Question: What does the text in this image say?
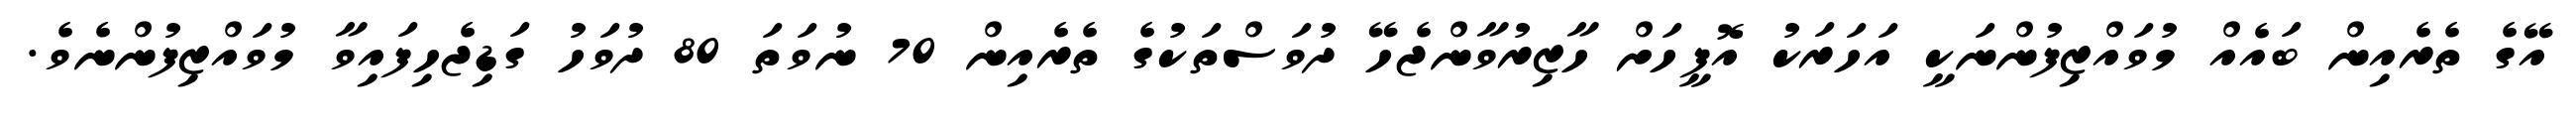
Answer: އޭގެ ތެރެއިން ބައެއް މުވައްޒިފުންނަކީ އަހަރަކު އޮފީހަށް ހާޒިރުވާންޖެހޭ ދުވަސްތަކުގެ ތެރެއިން 70 ނުވަތަ 80 ދުވަހު ގަޑިޖެހިފައިވާ މުވައްޒިފުންނެވެ.